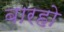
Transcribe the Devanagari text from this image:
बारहो